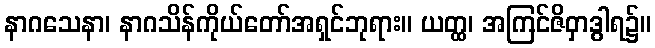
နာဂသေနာ၊ နာဂသိန်ကိုယ်တော်အရှင်ဘုရား။ ယတ္ထ၊ အကြင်ဇိဝှာဒွါရ၌။